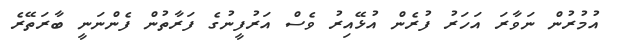
އުމުރުން ނަވާރަ އަހަރު ފުރެން އުޅޭއިރު ވެސް އަރުފީނުގެ ފަރާތުން ފެންނަނީ ބާރަތޭރެ